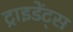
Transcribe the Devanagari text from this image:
ट्राइडेंट्स